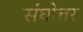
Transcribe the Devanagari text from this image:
संघोत्तर